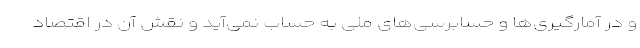
و در آمارگیری‌ها و حسابرسی‌های ملی به حساب نمی‌آید و نقش آن در اقتصاد